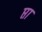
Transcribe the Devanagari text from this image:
प्ता